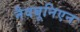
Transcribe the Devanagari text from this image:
नैवबूनिएन